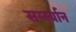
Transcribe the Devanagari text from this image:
सर्ग्स्यान